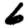
Digit: 6